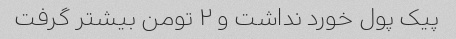
پیک پول خورد نداشت و ۲ تومن بیشتر گرفت